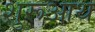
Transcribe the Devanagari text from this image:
शुरूआथ